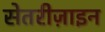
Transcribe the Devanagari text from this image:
सेतरीज़ाइन